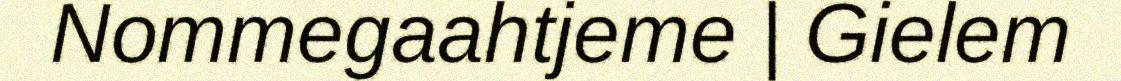
Nommegaahtjeme | Gielem